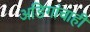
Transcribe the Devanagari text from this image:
अडिगांचाही